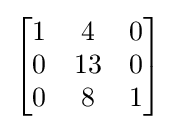
{\begin{bmatrix}1&4&0\\0&13&0\\0&8&1\end{bmatrix}}